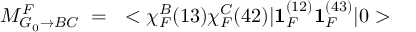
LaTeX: M _ { G _ { 0 } \rightarrow B C } ^ { F } ~ = ~ < \chi _ { F } ^ { B } ( 1 3 ) \chi _ { F } ^ { C } ( 4 2 ) | { \mathbf { 1 } } _ { F } ^ { ( 1 2 ) } { \mathbf { 1 } } _ { F } ^ { ( 4 3 ) } | 0 >